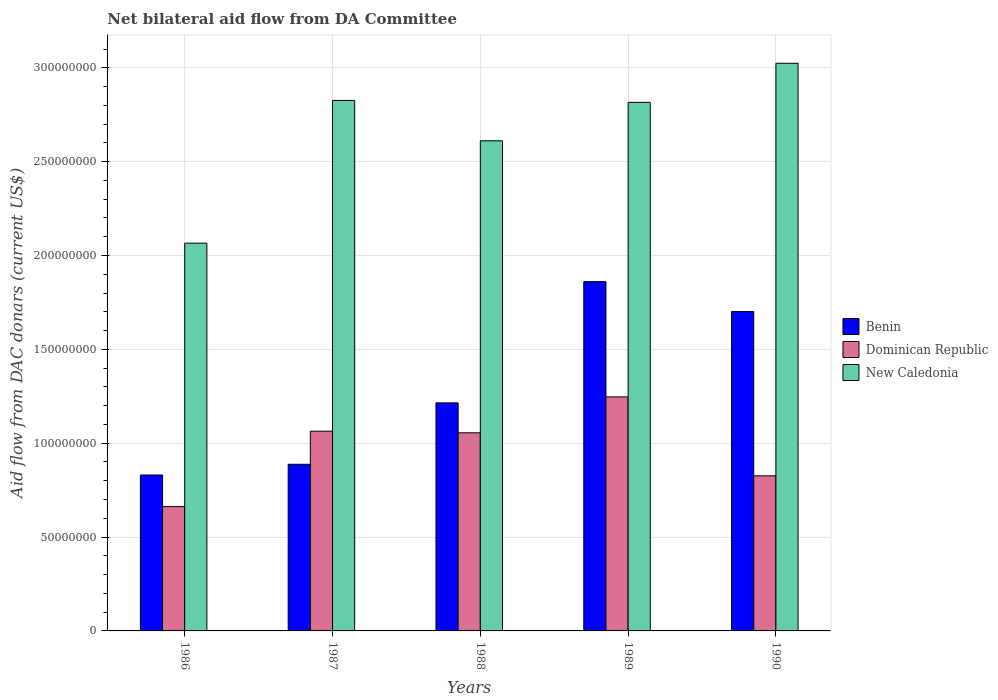
| Years | Benin | Dominican Republic | New Caledonia |
 | --- | --- | --- | --- |
 | 1986 | 8.31e+07 | 6.62e+07 | 2.07e+08 |
 | 1987 | 8.88e+07 | 1.06e+08 | 2.83e+08 |
 | 1988 | 1.21e+08 | 1.06e+08 | 2.61e+08 |
 | 1989 | 1.86e+08 | 1.25e+08 | 2.82e+08 |
 | 1990 | 1.7e+08 | 8.26e+07 | 3.02e+08 |